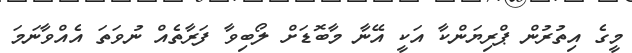
މީގެ އިތުރުން ޕްރިޔަންކާ އަކީ އޭނާ މާބޮޑަށް ލޯބިވާ ފަރާތެއް ނުވަތަ އެއްވާނަމަ